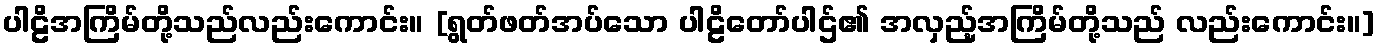
ပါဠိအကြိမ်တို့သည်လည်းကောင်း။ [ရွတ်ဖတ်အပ်သော ပါဠိတော်ပါဌ်၏ အလှည့်အကြိမ်တို့သည် လည်းကောင်း။]